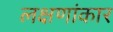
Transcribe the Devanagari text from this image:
लक्षणांकार